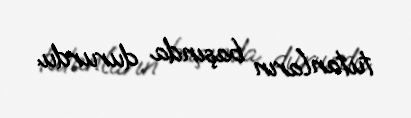
tutanların başında dururdu.